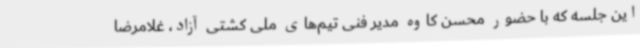
این جلسه که با حضور محسن کاوه مدیر فنی تیم‌های ملی کشتی آزاد، غلامرضا